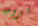
لزوجة